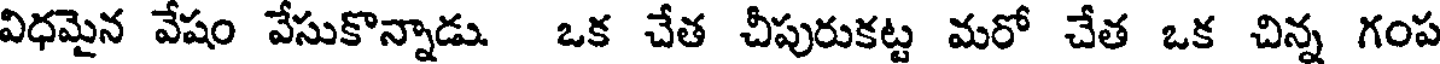
విధమైన వేషం వేసుకొన్నాడు. ఒక చేత చీపురుకట్ట మరో చేత ఒక చిన్న గంప